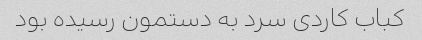
کباب کاردی سرد به دستمون رسیده بود